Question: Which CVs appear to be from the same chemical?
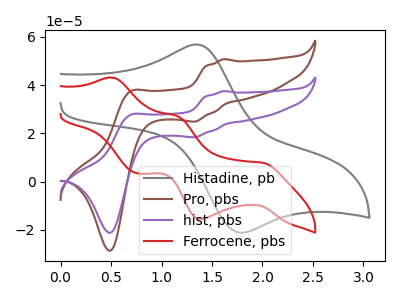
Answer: <think>The gray curve "Histadine, pb" has an anodic peak at (1.35V, 56.85uA) and a cathodic peak at (1.80V, -21.15uA). The brown curve "Pro, pbs" has anodic peaks at (1.60V, 50.80uA) (0.70V, 37.35uA) and cathodic peaks at (1.35V, 24.95uA) (0.50V, -28.60uA). The purple curve "hist, pbs" has anodic peaks at (1.60V, 37.55uA) (0.70V, 27.60uA) and cathodic peaks at (1.35V, 18.45uA) (0.50V, -21.15uA). The red curve "Ferrocene, pbs" has anodic peaks at (0.50V, 43.15uA) (1.15V, 27.25uA) and cathodic peaks at (2.00V, 7.90uA) (1.40V, -15.55uA) (0.75V, 3.50uA).
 "Histadine, pb" and "Pro, pbs" have a different number of peaks. "Histadine, pb" and "hist, pbs" have a different number of peaks. "Histadine, pb" and "Ferrocene, pbs" have a different number of peaks. All the peaks in "Pro, pbs" have a peak in "hist, pbs" at the same potential. "Pro, pbs" and "Ferrocene, pbs" have a different number of peaks. "hist, pbs" and "Ferrocene, pbs" have a different number of peaks.</think>
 <answer>"hist, pbs" and "Pro, pbs" have the same shape and are likely CV's of the same chemical.</answer>
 <eval>"hist, pbs" "Pro, pbs"</eval>